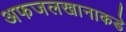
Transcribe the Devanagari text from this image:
अफजलखानाकडे